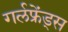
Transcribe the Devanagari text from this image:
गर्लफ्रेंड्स